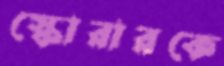
স্কোরারকে